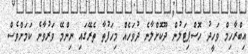
އިބްރާހިމް ވަހީދު ހޮސްޕިޓަލުން ދޫކޮށްލާނެ ދުވަހެއް މިހަފުތާ ތެރޭގައި ނިންމޭ ވަރުވާނެ ކަމަށްވެސް